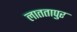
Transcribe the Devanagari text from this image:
लाततापुर